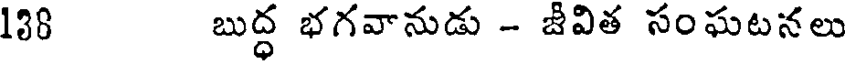
138 బుద్ధ భగవానుడు - జీవిత సంఘటనలు